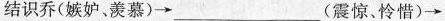
结识乔(嫉妒、羡慕) \rightarrow ___ (震惊、怜悯) \rightarrow